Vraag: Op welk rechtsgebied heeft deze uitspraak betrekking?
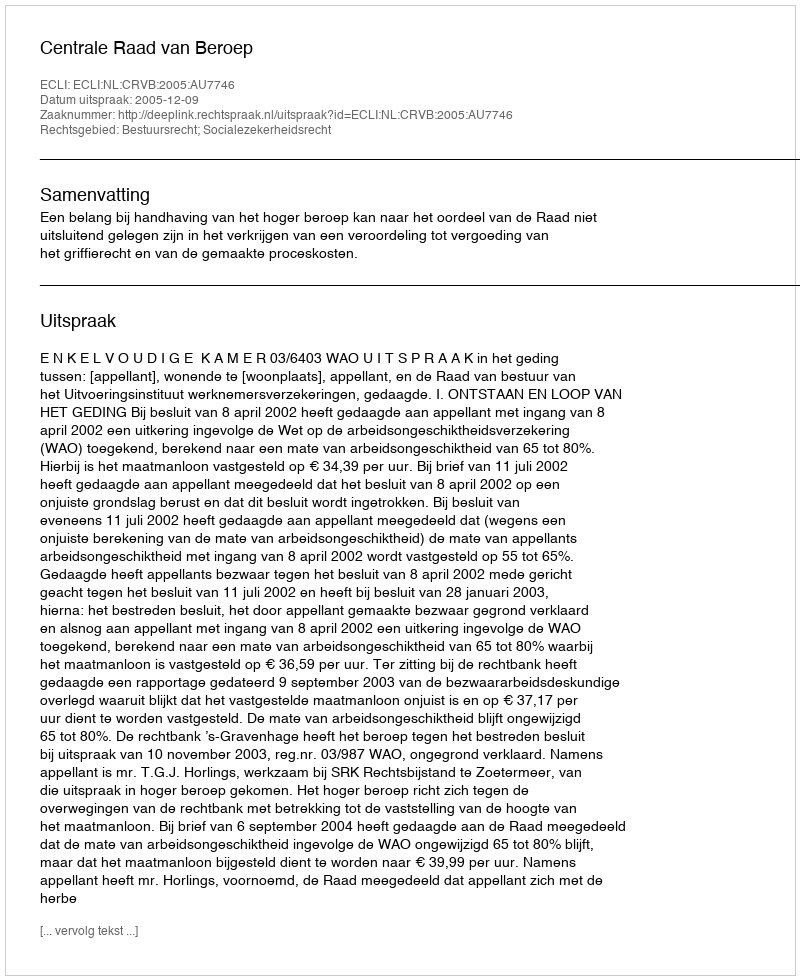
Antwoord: Bestuursrecht; Socialezekerheidsrecht